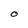
Character: O